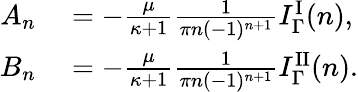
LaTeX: \begin{array}{rl}{A_{n}}&{{}=-\frac{\mu}{\kappa+1}\frac{1}{\pi n(-1)^{n+1}}I_{\Gamma}^{\mathrm{I}}(n),}\\ {B_{n}}&{{}=-\frac{\mu}{\kappa+1}\frac{1}{\pi n(-1)^{n+1}}I_{\Gamma}^{\mathrm{II}}(n).}\end{array}